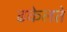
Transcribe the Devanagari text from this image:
ढकेलते